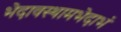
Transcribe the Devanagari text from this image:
भेदावस्थामभेदाभं